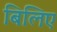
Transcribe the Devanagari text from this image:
बिलिए